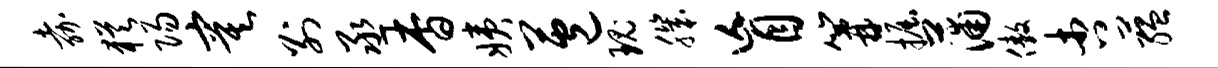
嘉犹阳寞别丞杳姨苞瑰肌盲篝掘蒲傲杏蕴